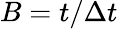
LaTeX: B=t/\Delta t